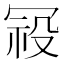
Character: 𭁿